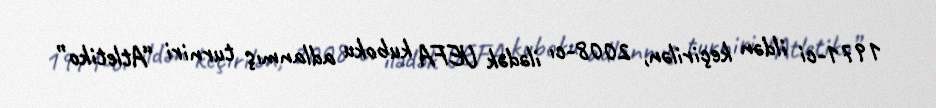
1971-ci ildən keçirilən, 2008-cı ilədək UEFA kuboku adlanmış turniri “Atletiko”